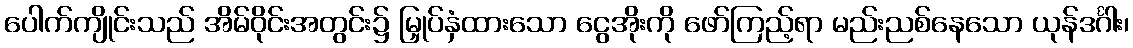
ပေါက်ကျိုင်းသည် အိမ်ဝိုင်းအတွင်း၌ မြှုပ်နှံထားသော ငွေအိုးကို ဖော်ကြည့်ရာ မည်းညစ်နေသော ယုန်ဒင်္ဂါး၊